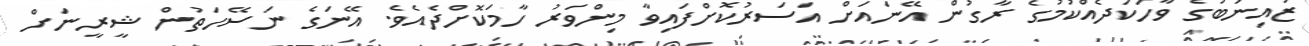
ޒައިނަބުގެ ވާހަކަދެއްކުމުގެ ރާގުން އޭނައަށް އަސަރުކޮށްފައިވާ މިންވަރު ހާމަކޮށްދެއެވެ. އޭނަގެ ނަސޭހަތުން ޝީރީނަށް